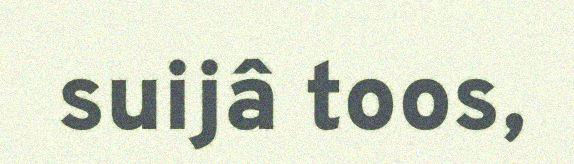
suijâ toos,